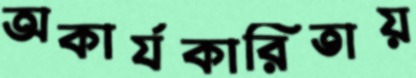
অকার্যকারিতায়